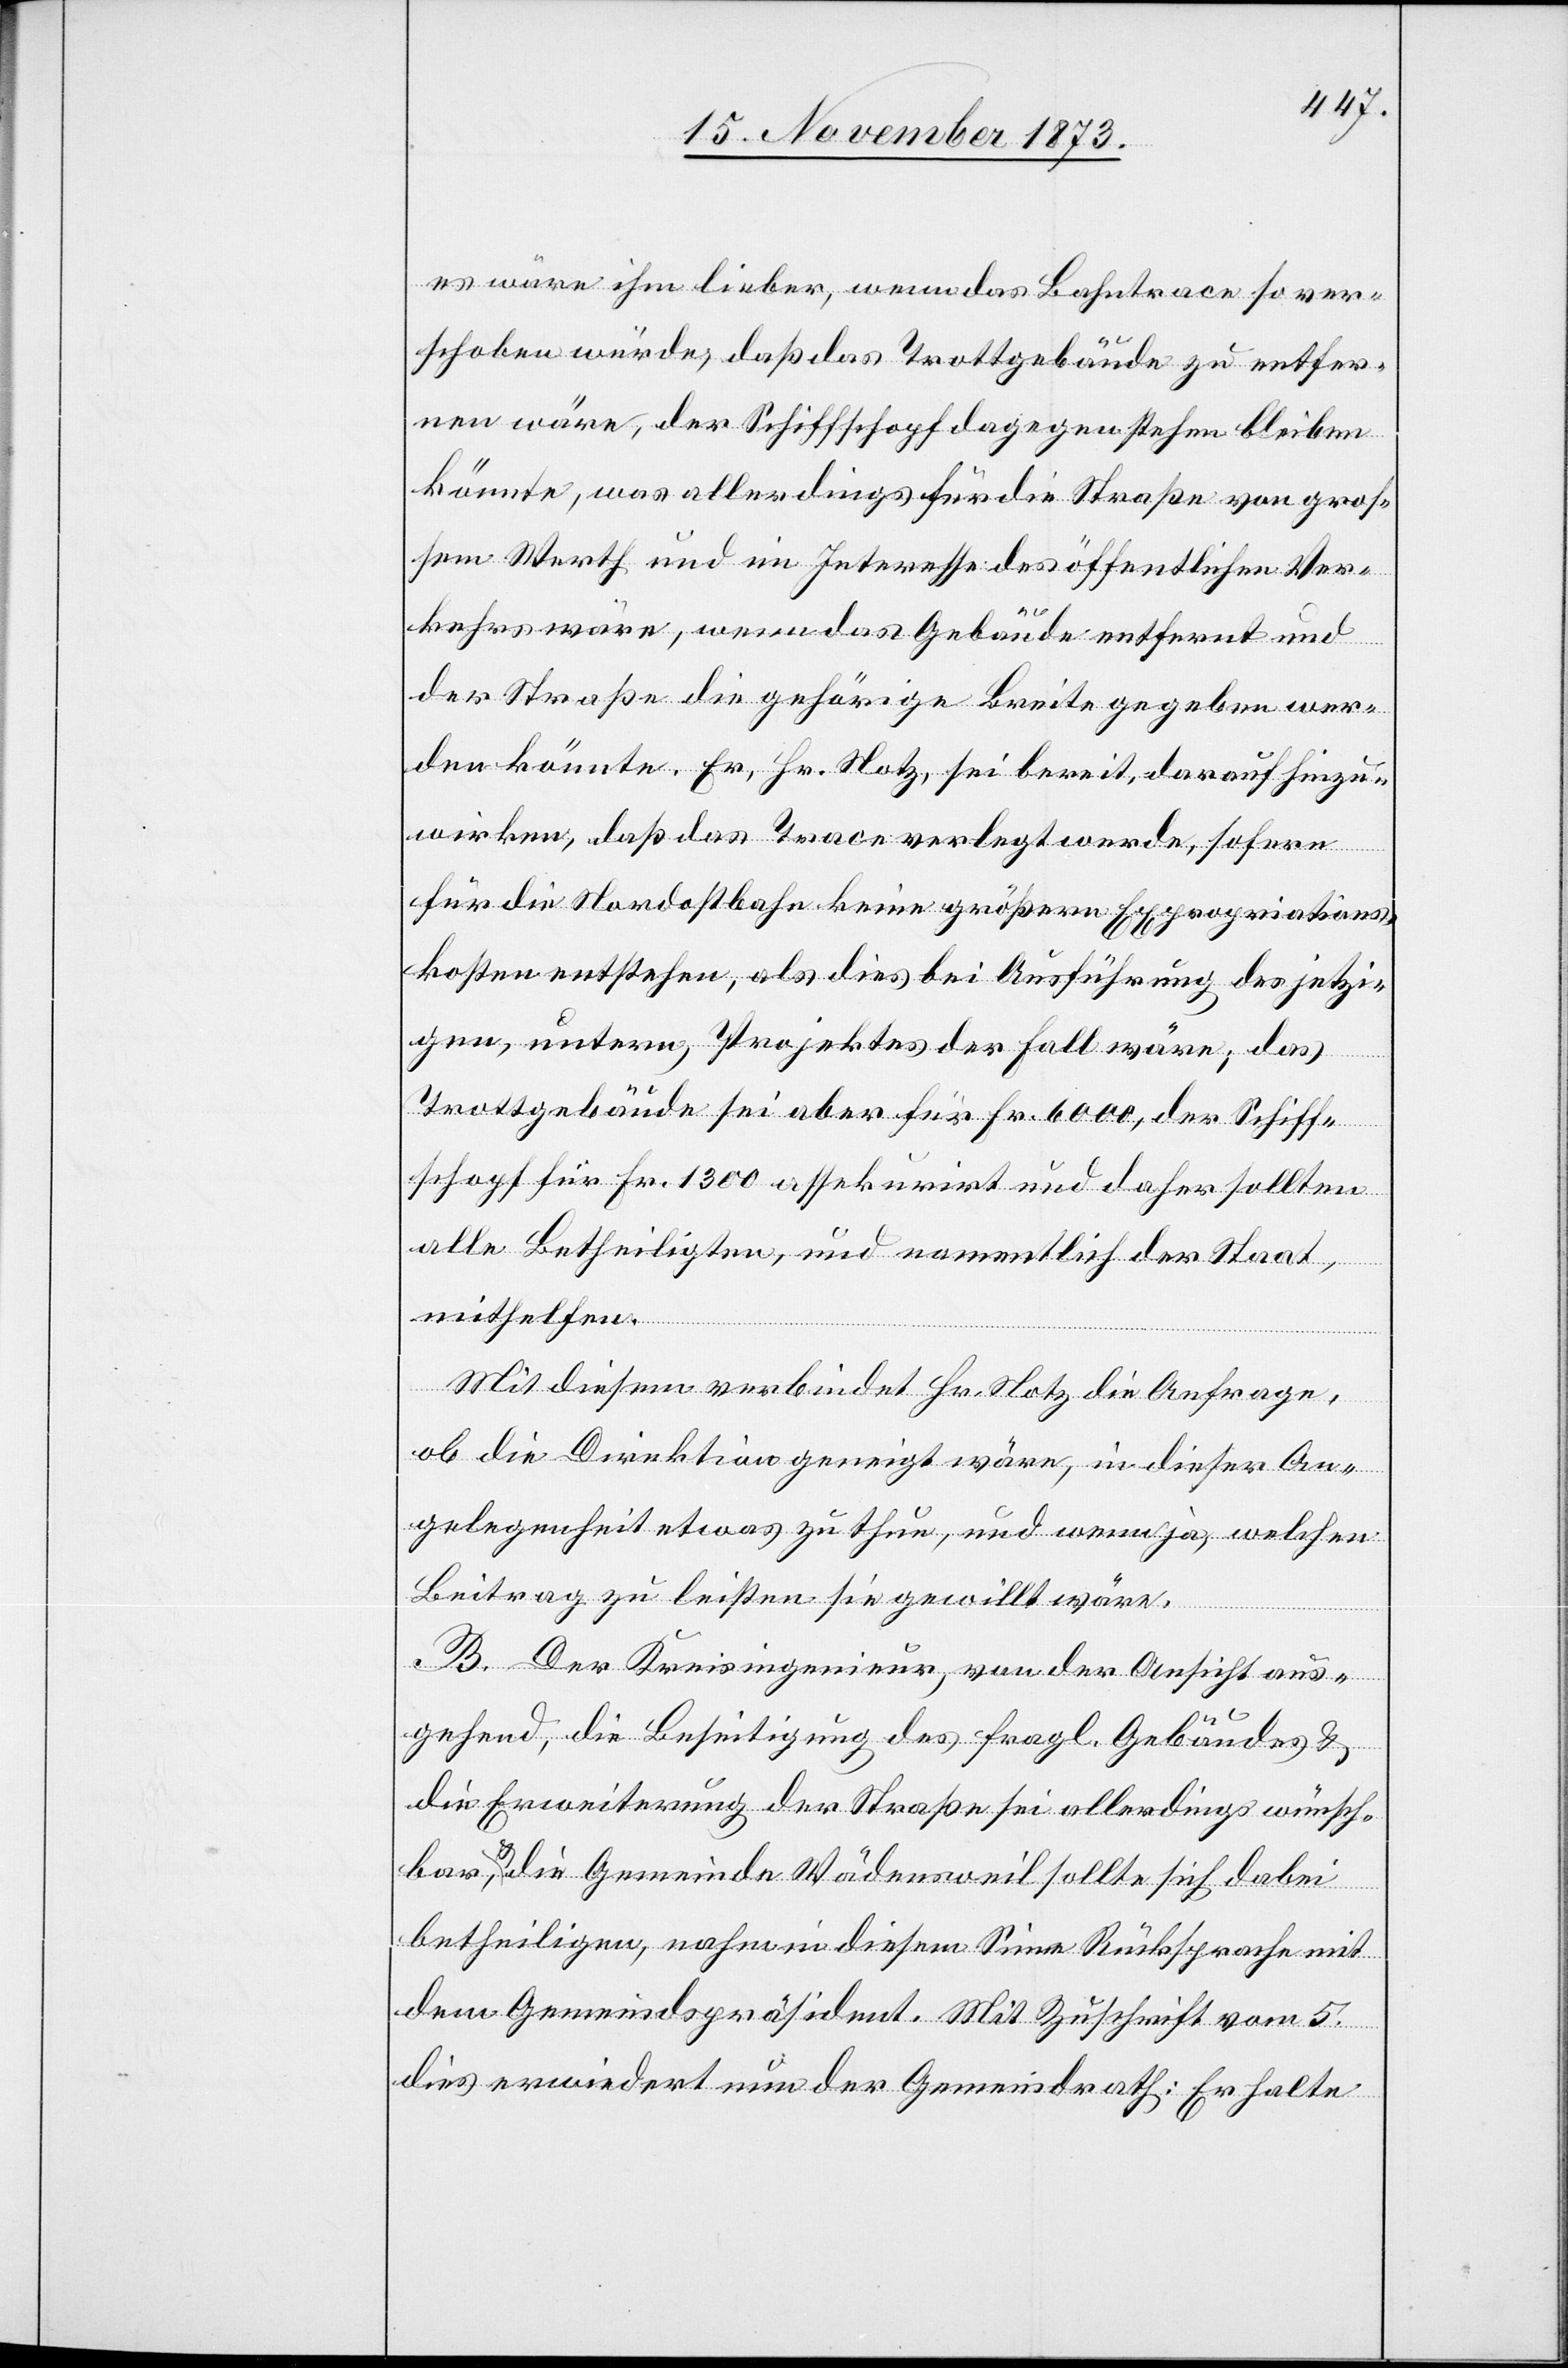
es wäre ihm lieber, wenn das Bahntrace so ver¬
schoben würde, daß das Trottgebäude zu entfer¬
nen wäre, der Schiffschopf dagegen stehen bleiben
könnte, was allerdings für die Straße von gros¬
sem Werth und im Interesse des öffentlichen Ver¬
kehrs wäre, wenn das Gebäude entfernt und
der Straße die gehörige Breite gegeben wer¬
den könnte. Er, Hr. Notz, sei bereit, darauf hinzu¬
wirken, daß das Trace verlegt werde, sofern
für die Nordostbahn keine größern Expropriations¬
kosten entstehen, als dies bei Ausführung des jetzi¬
gen, untern, Projektes der Fall wäre; das
Trottgebäude sei aber für Fr. 6 000, der Schiff¬
schopf für Fr. 1 300 assekurirt und daher sollten
alle Betheiligten, und namentlich der Staat,
mithelfen.
Mit diesem verbindet Hr. Notz die Anfrage,
ob die Direktion geneigt wäre, in dieser An¬
gelegenheit etwas zu thun, und wenn ja, welchen
Beitrag zu leisten sie gewillt wäre.
B. Der Kreisingenieur, von der Ansicht aus¬
gehend, die Beseitigung des fragl. Gebäudes &
die Erweiterung der Straße sei allerdings wünsch¬
bar, & die Gemeinde Wädensweil sollte sich dabei
betheiligen, nahm in diesem Sinne Rücksprache mit
dem Gemeindspräsident. Mit Zuschrift vom 5.
dies erwiedert nun der Gemeindrath: Er halte